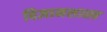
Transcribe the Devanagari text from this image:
विज्ञानशास्त्र